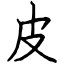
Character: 皮